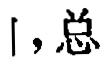
「，总